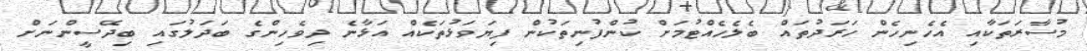
މުސާރަތަކާއި އެހެނިހެން ހަރަދުތައް ބެލެހެއްޓުމަށް ކުންފުނިތަކުން ފިޔަވަޅުތަކެއް އަޅާނެ ދިވެހިންގެ ބަދަލުގައި ބިދޭސީންނަށް